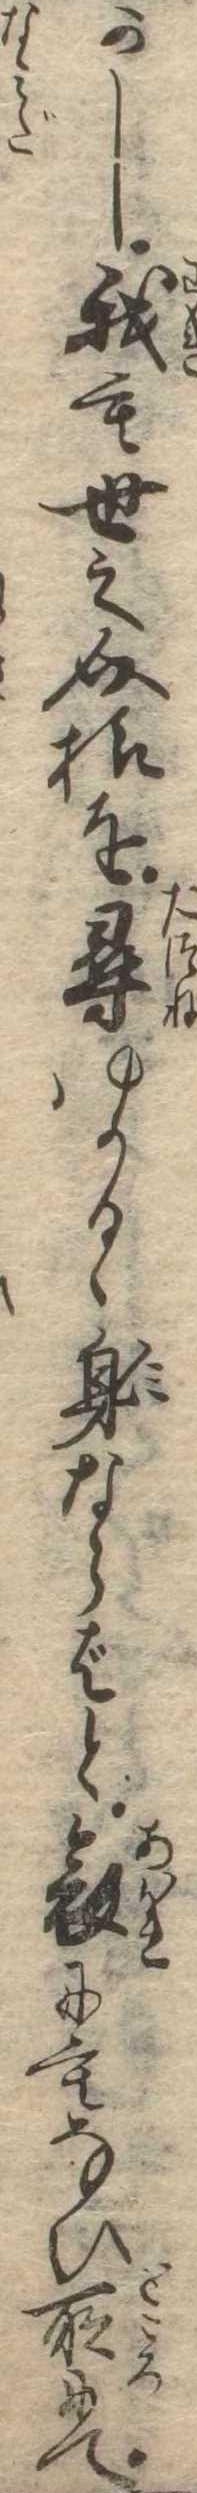
かし我も世之介様を尋ゆかるゝ身ならばと哀にもない所にて